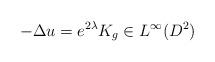
LaTeX: \begin{align*}-\Delta u=e^{2\lambda}K_g\in L^{\infty}(D^2)\end{align*}